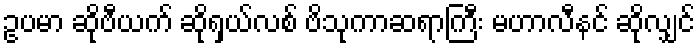
ဥပမာ ဆိုဗီယက် ဆိုရှယ်လစ် ဗိသုကာဆရာကြီး မဟာလီနင် ဆိုလျှင်